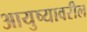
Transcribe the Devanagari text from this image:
आयुष्यावरील